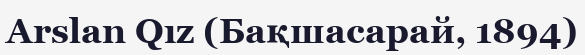
Arslan Qız (Бақшасарай, 1894)